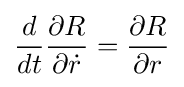
{\frac {d}{dt}}{\frac {\partial R}{\partial {\dot {r}}}}={\frac {\partial R}{\partial r}}